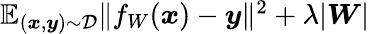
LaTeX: \begin{array}{r}{\mathbb E_{(\boldsymbol{x},\boldsymbol{y})\sim\mathcal D}\| f_{W}(\boldsymbol{x})-\boldsymbol{y}\| ^{2}+\lambda|\boldsymbol{W}|}\end{array}